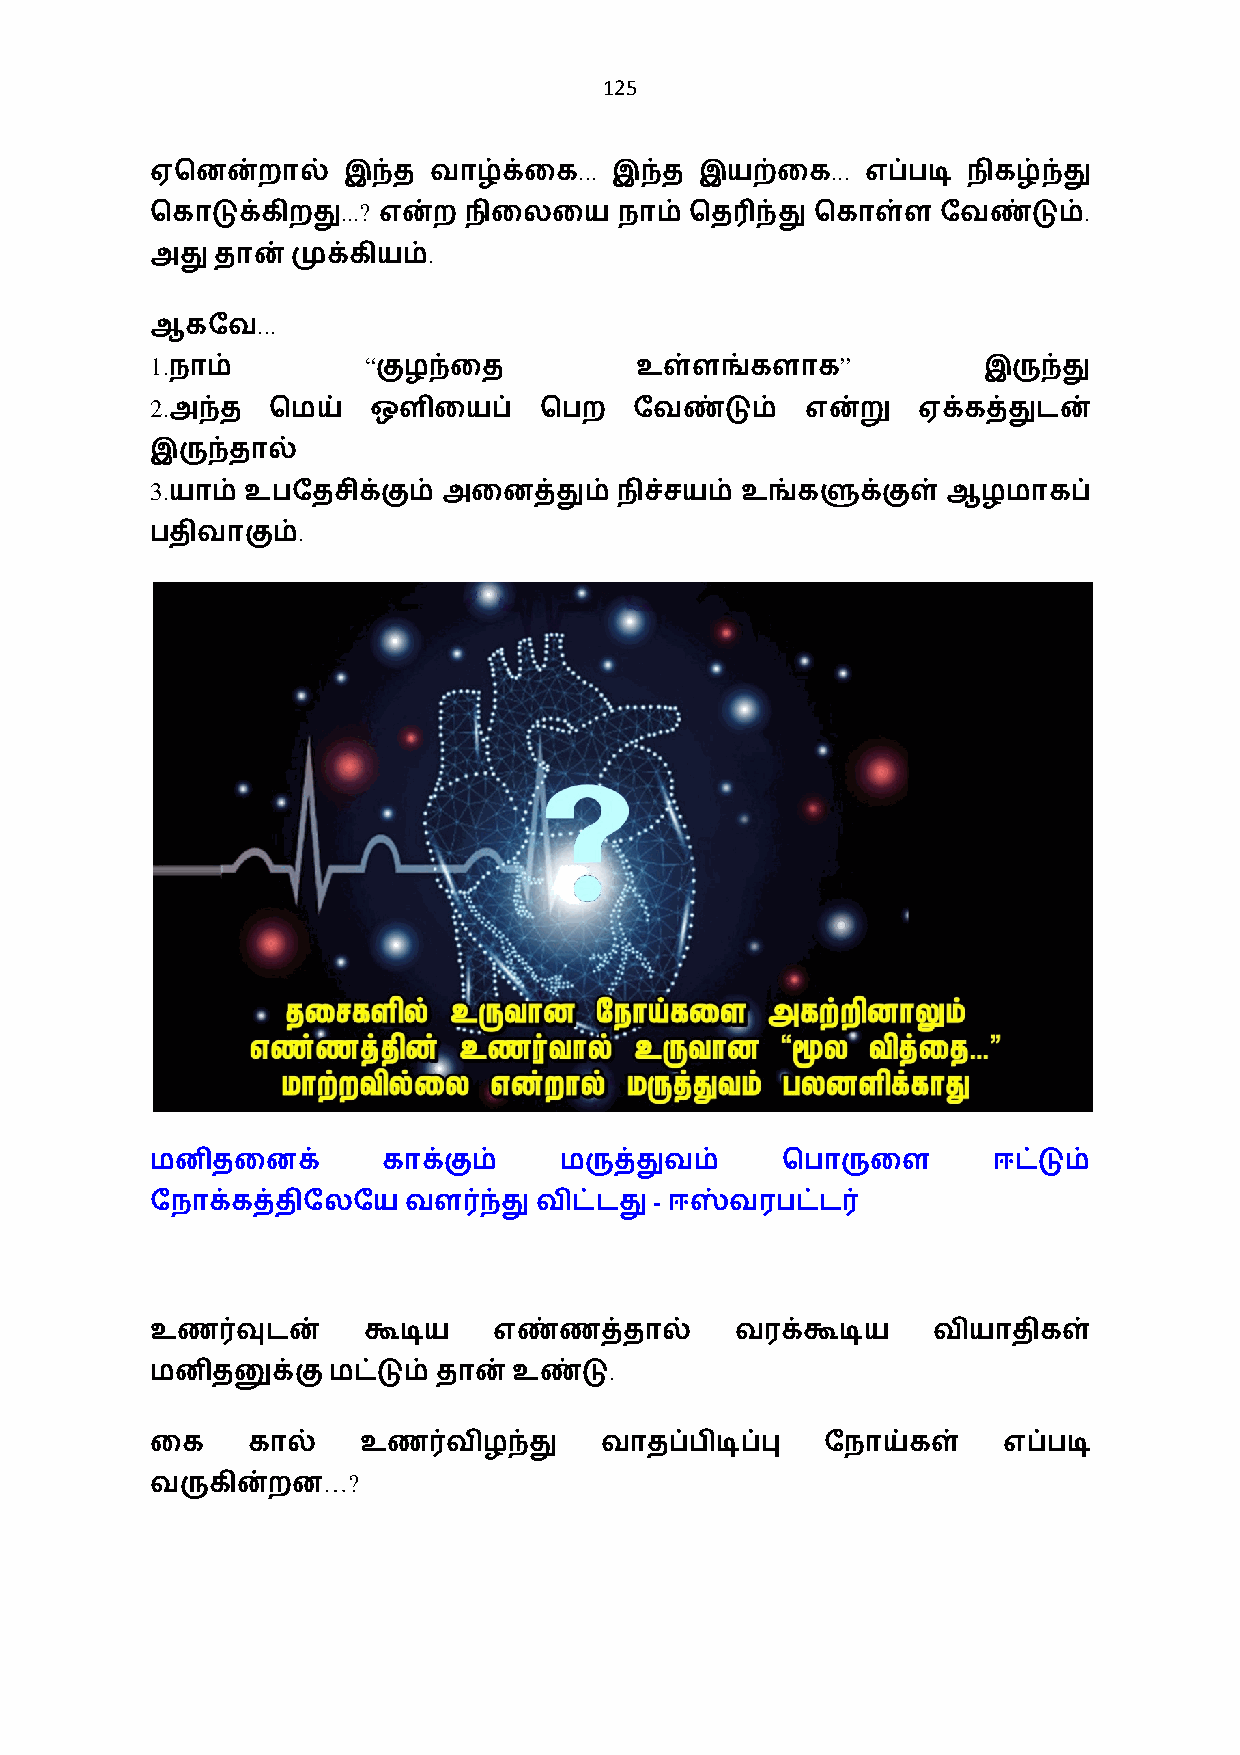
125
 ...              ...
 ஏெனன்றால்    இந்த வாழ்க்ைக     இந்த இயற்ைக     எப்படி நிகழ்ந்து
 ...?                                             .
 ெகாடுக்கிறது   என்ற  நிைலைய    நாம் ெத3ந்து ெகாள்ள  ேவண்டும்
 .
 அது தான் முக்கியம்
 ...
 ஆகேவ
 1.            “                               ”
 நாம்          குழந்ைத          உள்ளங்களாக             இருந்து
 2.
 அந்த   ெமய்  ஒளிையப்     ெபற   ேவண்டும்   என்று   ஏக்கத்துடன்
 இருந்தால்
 3.
 யாம் உபேதசிக்கும் அைனத்தும்   நிச்சயம் உங்களுக்குள் ஆழமாகப்
 .
 பதிவாகும்
 மனிதைனக்       காக்கும்    மருத்துவம்     ெபாருைள       ஈட்டும்
 -
 ேநாக்கத்திேலேயவள0ந்து    விட்டது  ஈஸ்வரபட்ட0
 உண0வுடன்      கூடிய    எண்ணத்தால்      வரக்கூடிய    வியாதிகள்
 .
 மனிதனுக்குமட்டும்  தான் உண்டு
 ைக    கால்    உண0விழந்து      வாதப்பிடிப்பு  ேநாய்கள்   எப்படி
 …?
 வருகின்றன